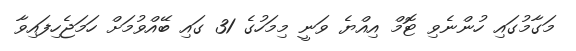
މަގާމުގައި ހުންނެވި ޓޮމް އިއްޔެ ވަނީ މިމަހުގެ 31 ގައި ބޭއްވުމަށް ހަމަޖެހިފައިވާ